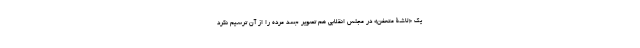
یک «لاشۀ متعفن» در مجلس انقلابی هم تصویر جسد مرده را از آن ترسیم نکرد